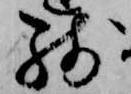
残